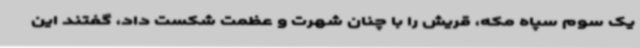
یک سوم سپاه مکه، قریش را با چنان شهرت و عظمت شکست داد، گفتند این